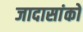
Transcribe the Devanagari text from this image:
जादासांको